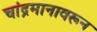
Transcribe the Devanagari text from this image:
चांद्रमानावरून